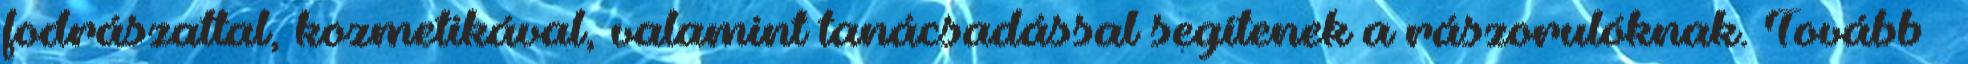
fodrászattal, kozmetikával, valamint tanácsadással segítenek a rászorulóknak. Tovább ›